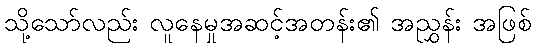
သို့သော်လည်း လူနေမှုအဆင့်အတန်း၏ အညွှန်း အဖြစ်